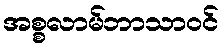
အစ္စလာမ်ဘာသာဝင်